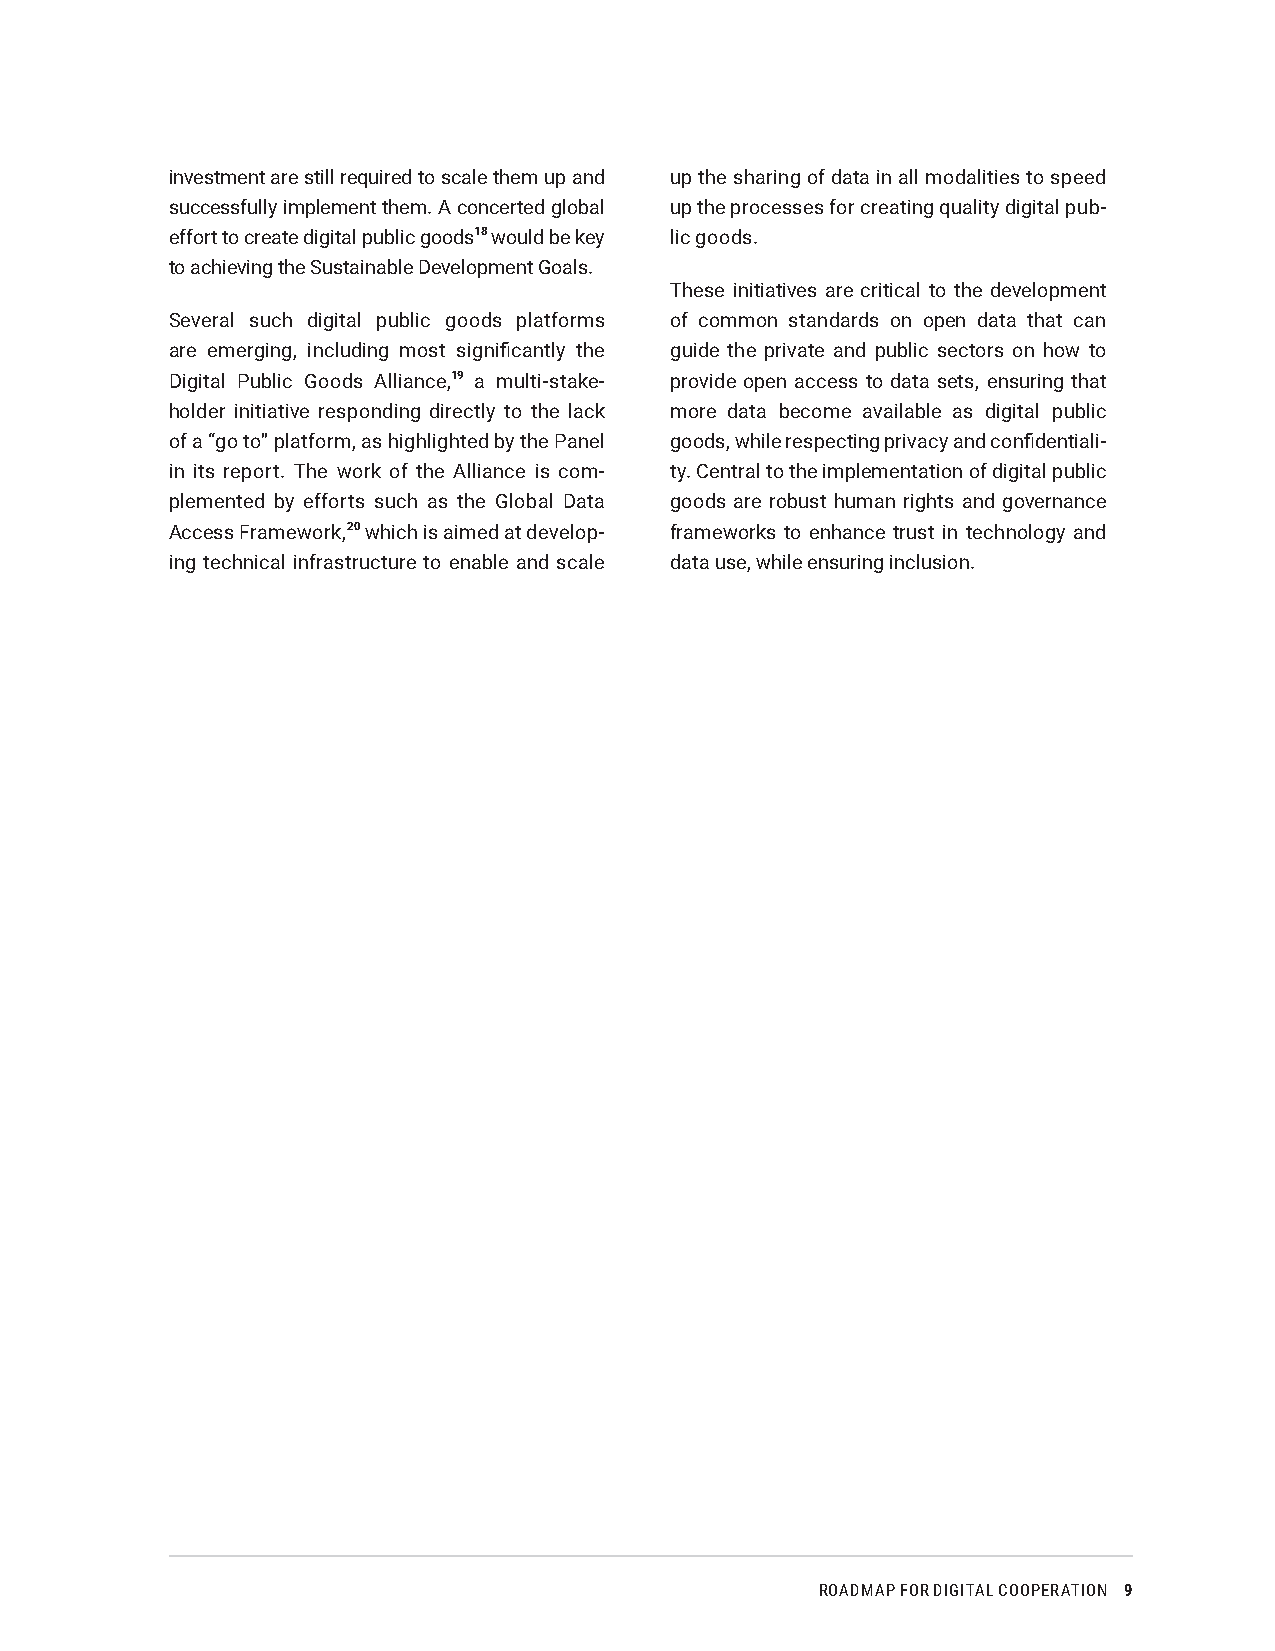
investment are still required to scale them up and up the sharing of data in all modalities to speed
 successfully implement them. A concerted global up the processes for creating quality digital pub-
 effort to create digital public goods18 would be key lic goods.
 to achieving the Sustainable Development Goals.
 These initiatives are critical to the development
 Several such digital public goods platforms of common standards on open data that can
 are emerging, including most significantly the guide the private and public sectors on how to
 Digital Public Goods Alliance,19 a multi-stake- provide open access to data sets, ensuring that
 holder initiative responding directly to the lack more data become available as digital public
 of a “go to” platform, as highlighted by the Panel goods, while respecting privacy and confidentiali-
 in its report. The work of the Alliance is com- ty. Central to the implementation of digital public
 plemented by efforts such as the Global Data goods are robust human rights and governance
 Access Framework,20 which is aimed at develop- frameworks to enhance trust in technology and
 ing technical infrastructure to enable and scale data use, while ensuring inclusion.
 ROADMAP FOR DIGITAL COOPERATION 9